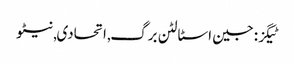
ٹیگز: جین اسٹالٹن برگ , اتحادی , نیٹو